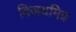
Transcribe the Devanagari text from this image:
विजयमित्र